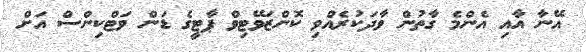
އޭނާ އާއި އެންމެ ގާތުން ވާދަކުރެއްވި ކޮންޒަވޭޓިވް ޕާޓީގެ ޑަން ވަޓްކިންސް އަށް